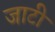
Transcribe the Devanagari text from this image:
जाटी